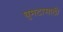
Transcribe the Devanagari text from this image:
घुमटासाठी